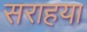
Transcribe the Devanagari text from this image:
सराहया